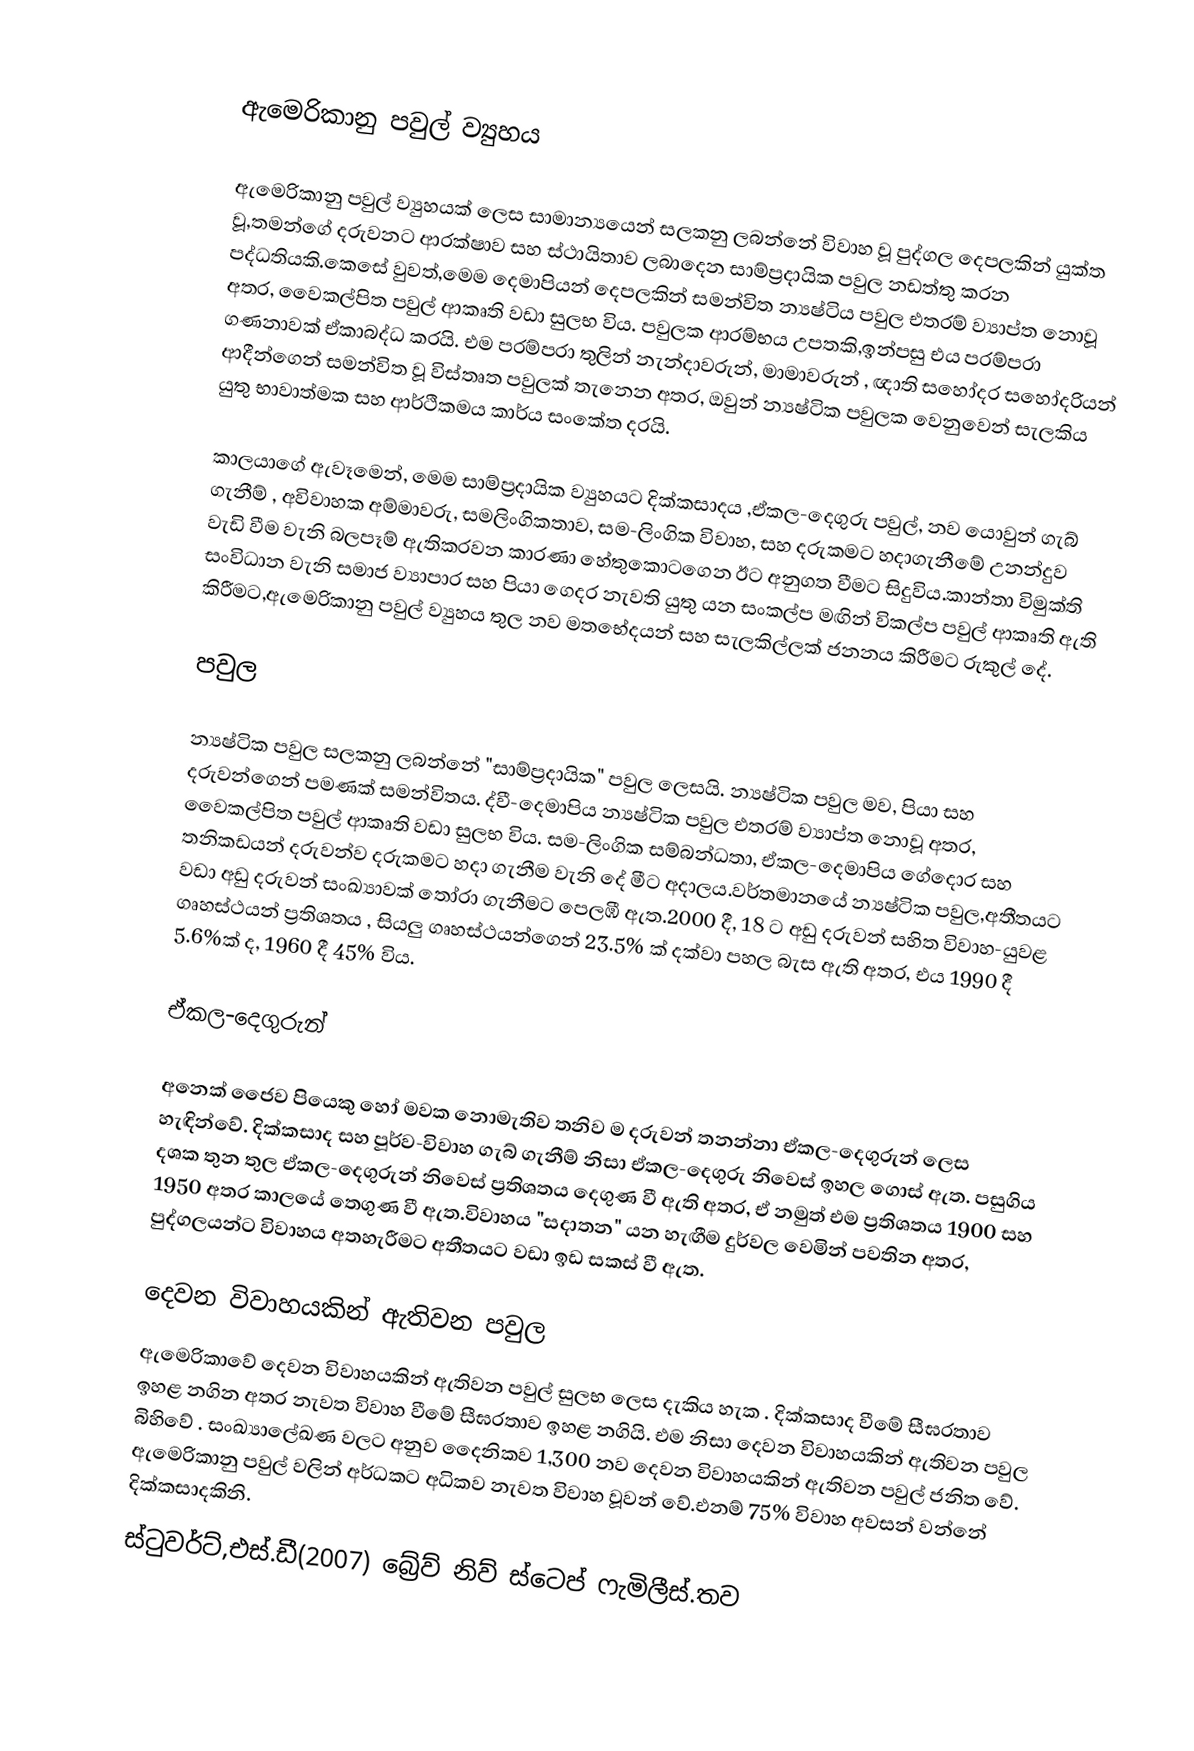

ඇමෙරිකානු පවුල් ව්‍යුහය

ඇමෙරිකානු පවුල් ව්‍යුහයක් ලෙස සාමාන්‍යයෙන් සලකනු ලබන්නේ විවාහ වූ පුද්ගල දෙපලකින් යුක්ත වූ,තමන්ගේ දරුවනට ආරක්ෂාව සහ ස්ථායිතාව ලබාදෙන සාම්ප්‍රදායික පවුල නඩත්තු කරන පද්ධතියකි.කෙසේ වුවත්,මෙම දෙමාපියන් දෙපලකින් සමන්විත න්‍යෂ්ටිය පවුල  එතරම් ව්‍යාප්ත නොවූ අතර, වෛකල්පිත පවුල් ආකෘති වඩා සුලභ විය. පවුලක ආරම්භය උපතකි,ඉන්පසු එය පරම්පරා ගණනාවක් ඒකාබද්ධ කරයි. එම පරම්පරා තුලින් නැන්දාවරුන්, මාමාවරුන් , ඥාති සහෝදර සහෝදරියන් ආදීන්ගෙන් සමන්විත වූ විස්තෘත පවුලක් තැනෙන අතර, ඔවුන් න්‍යෂ්ටික පවුලක වෙනුවෙන් සැලකිය යුතු භාවාත්මක සහ ආර්ථිකමය කාර්ය සංකේත දරයි.

කාලයාගේ ඇවෑමෙන්, මෙම සාම්ප්‍රදායික ව්‍යුහයට  දික්කසාදය ,ඒකල-දෙගුරු පවුල්, නව යොවුන් ගැබ් ගැනීම් , අවිවාහක අම්මාවරු, සමලිංගිකතාව, සම-ලිංගික විවාහ, සහ  දරුකමට හදාගැනීමේ උනන්දුව වැඩි වීම වැනි බලපෑම් ඇතිකරවන කාරණා හේතුකොටගෙන ඊට  අනුගත වීමට සිදුවිය.කාන්තා විමුක්ති සංවිධාන වැනි සමාජ  ව්‍යාපාර සහ පියා ගෙදර නැවති යුතු යන සංකල්ප මඟින් විකල්ප පවුල් ආකෘති ඇති කිරීමට,ඇමෙරිකානු පවුල් ව්‍යුහය තුල නව මතභේදයන් සහ  සැලකිල්ලක් ජනනය කිරීමට රුකුල් දේ.

පවුල

න්‍යෂ්ටික පවුල  සලකනු ලබන්නේ  "සාම්ප්‍රදායික" පවුල ලෙසයි.  න්‍යෂ්ටික පවුල මව, පියා සහ  දරුවන්ගෙන් පමණක් සමන්විතය.  ද්වී-දෙමාපිය න්‍යෂ්ටික පවුල එතරම් ව්‍යාප්ත නොවූ අතර, වෛකල්පිත පවුල් ආකෘති වඩා සුලභ විය. සම-ලිංගික සම්බන්ධතා, ඒකල-දෙමාපිය ගේදොර සහ තනිකඩයන් දරුවන්ව  දරුකමට හදා ගැනීම වැනි දේ මීට අදාලය.වර්තමානයේ න්‍යෂ්ටික පවුල,අතීතයට වඩා අඩු දරුවන් සංඛ්‍යාවක්  තෝරා ගැනීමට පෙලඹී ඇත.2000 දී,  18 ට අඩු දරුවන් සහිත විවාහ-යුවළ ගෘහස්ථයන්  ප්‍රතිශතය , සියලු ගෘහස්ථයන්ගෙන් 23.5%  ක් දක්වා   පහල බැස ඇති අතර, එය 1990 දී 5.6%ක් ද, 1960 දී  45%  විය.

ඒකල-දෙගුරුන්

අනෙක් ජෛව පියෙකු හෝ මවක නොමැතිව තනිව ම දරුවන් තනන්නා ඒකල-දෙගුරුන් ලෙස හැඳින්වේ. දික්කසාද සහ පූර්ව-විවාහ ගැබ් ගැනීම්   නිසා ඒකල-දෙගුරු නිවෙස්  ඉහල ගොස් ඇත. පසුගිය  දශක තුන තුල ඒකල-දෙගුරුන් නිවෙස්  ප්‍රතිශතය දෙගුණ වී ඇති අතර, ඒ නමුත් එම ප්‍රතිශතය  1900 සහ 1950 අතර කාලයේ තෙගුණ  වී ඇත.විවාහය  "සදාතන" යන  හැඟීම දුර්වල වෙමින් පවතින අතර,  පුද්ගලයන්ට විවාහය අතහැරීමට අතීතයට වඩා ඉඩ සකස් වී ඇත.

දෙවන විවාහ‍යකින් ඇතිවන පවුල
ඇමෙරිකාවේ දෙවන විවාහ‍යකින් ඇතිවන පවුල් සුලභ ලෙස දැකිය හැක . දික්කසාද වීමේ සීඝ‍්‍රතාව ඉහළ නගින අතර නැවත විවාහ වීමේ සීඝ‍්‍රතාව ඉහළ නගියි. එම නිසා දෙවන විවාහ‍යකින් ඇතිවන පවුල‍ බිහිවේ . සංඛ්‍යාලේඛණ වලට අනුව  දෛනිකව  1,300 නව දෙවන විවාහ‍යකින් ඇතිවන පවුල් ජනිත වේ. ඇමෙරිකානු පවුල්  වලින් අර්ධකට අධිකව  නැවත විවාහ වූවන් වේ.එනම් 75%  විවාහ   අවසන් වන්නේ දික්කසාදකිනි.
ස්ටුවර්ට්,එස්.ඩී(2007) බ්‍රේව් නිව් ස්ටෙප් ෆැමිලීස්.තව